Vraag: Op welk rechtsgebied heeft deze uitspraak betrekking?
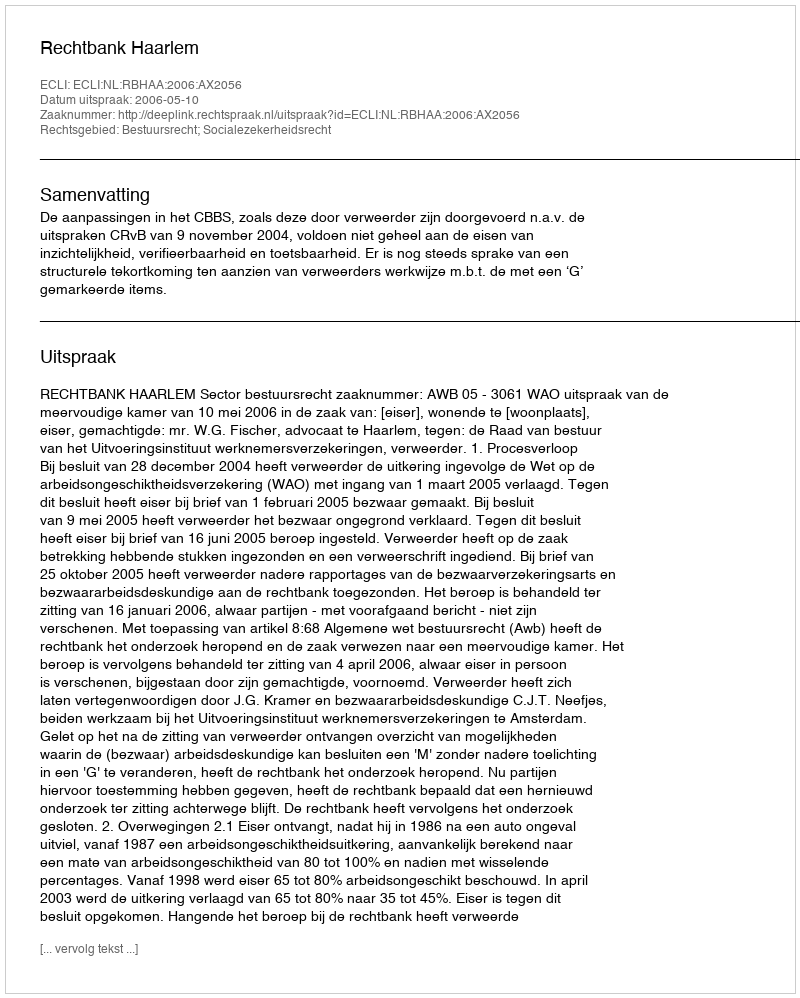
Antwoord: Bestuursrecht; Socialezekerheidsrecht